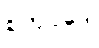
စတုပ္ပဒေါ